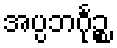
အပ္ပဘင်္ဂုဉ္စ